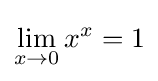
\lim _{x\to 0}x^{x}=1